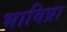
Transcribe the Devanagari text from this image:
भाविप्रा